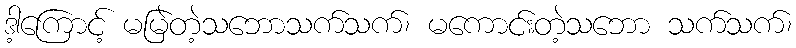
ဒါ့ကြောင့် မမြဲတဲ့သဘောသက်သက်၊ မကောင်းတဲ့သဘော သက်သက်၊